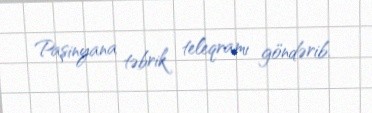
Paşinyana təbrik teleqramı göndərib.